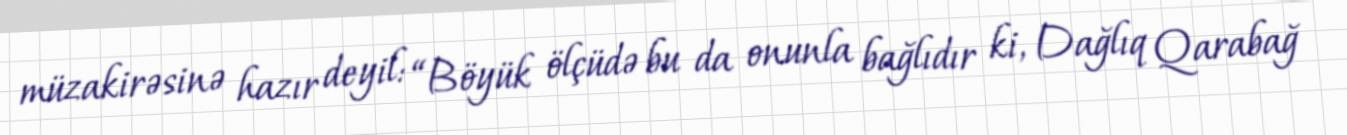
müzakirəsinə hazır deyil: “Böyük ölçüdə bu da onunla bağlıdır ki, Dağlıq Qarabağ